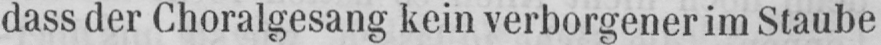
dass der Choralgesang kein verborgener im Staube